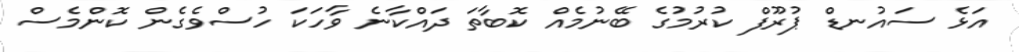
އަޅެ ސައުނޑް ޕުރޫފް ކުރުމުގެ ބޭނުމެއް ކޮބާތަ ދައްކާނެ ވާހަކަ ހުސްވެގެން ކޮންމެސް